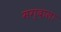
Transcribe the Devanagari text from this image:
मग्दाला